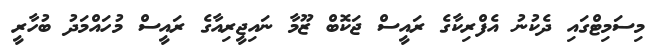
މިސަމިޓްގައި ދެކުނު އެފްރިކާގެ ރައީސް ޖަކޮބް ޒޫމާ ނައިޖީރިއާގެ ރައީސް މުހައްމަދު ބުހާރީ